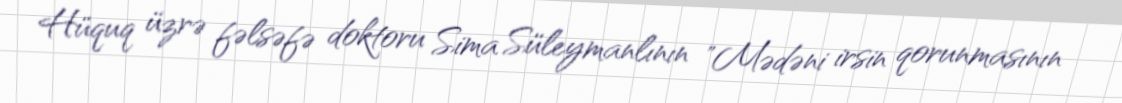
Hüquq üzrə fəlsəfə doktoru Sima Süleymanlının "Mədəni irsin qorunmasının